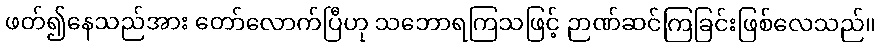
ဖတ်၍နေသည်အား တော်လောက်ပြီဟု သဘောရကြသဖြင့် ဉာဏ်ဆင်ကြခြင်းဖြစ်လေသည်။